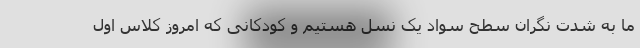
ما به شدت نگران سطح سواد یک نسل هستیم و کودکانی که امروز کلاس اول